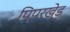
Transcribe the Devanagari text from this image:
पिपरखेड